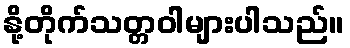
နို့တိုက်သတ္တဝါများပါသည်။